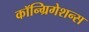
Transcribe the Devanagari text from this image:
कॉन्ग्रिगेशन्स